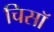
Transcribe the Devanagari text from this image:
चिसॉ